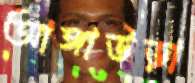
আঙ্গাউড়া